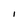
Character: I